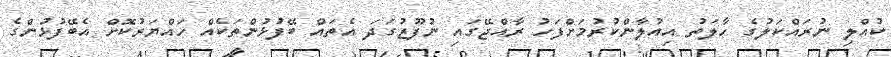
ކުއްލި ނުރައްކަލުގެ ހާލަތު އިއުލާންކުރުމަށްފަހު ރާއްޖޭގައި ނުފޫޒުގަދަ އެތައް ބޭފުޅުންތަކެއް ހައްޔަރުކޮށް އެބޭފުޅުންގެ